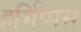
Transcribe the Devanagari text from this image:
हर्मिप्पस